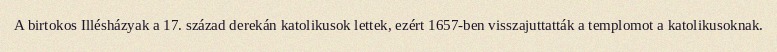
A birtokos Illésházyak a 17. század derekán katolikusok lettek, ezért 1657-ben visszajuttatták a templomot a katolikusoknak.